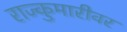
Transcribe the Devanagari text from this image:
राज्कुमारीवर